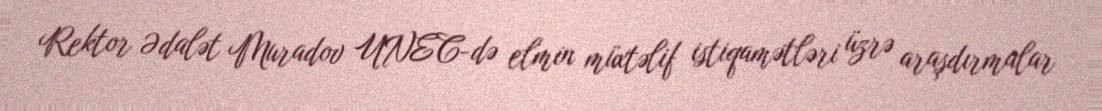
Rektor Ədalət Muradov UNEC-də elmin müxtəlif istiqamətləri üzrə araşdırmalar